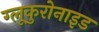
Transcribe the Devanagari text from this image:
ग्लूकुरोनाइड